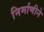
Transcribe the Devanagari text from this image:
निर्माणीने